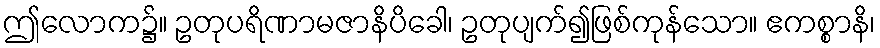
ဤလောက၌။ ဥတုပရိဏာမဇာနိပိခေါ၊ ဥတုပျက်၍ဖြစ်ကုန်သော။ ဧကစ္စာနိ၊